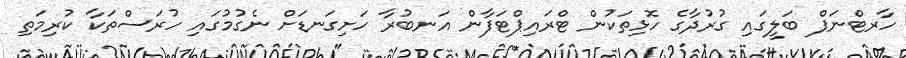
ހާރޓްނަޕް ބަލީގައި ގުރުދާގެ ހޮޅިތަކުން ޓްރައިޕްޓަފާން އަނބުރާ ހަށިގަނޑަށް ނެގުމުގައި ހުރަސްތަކާ ކުރިމަތި